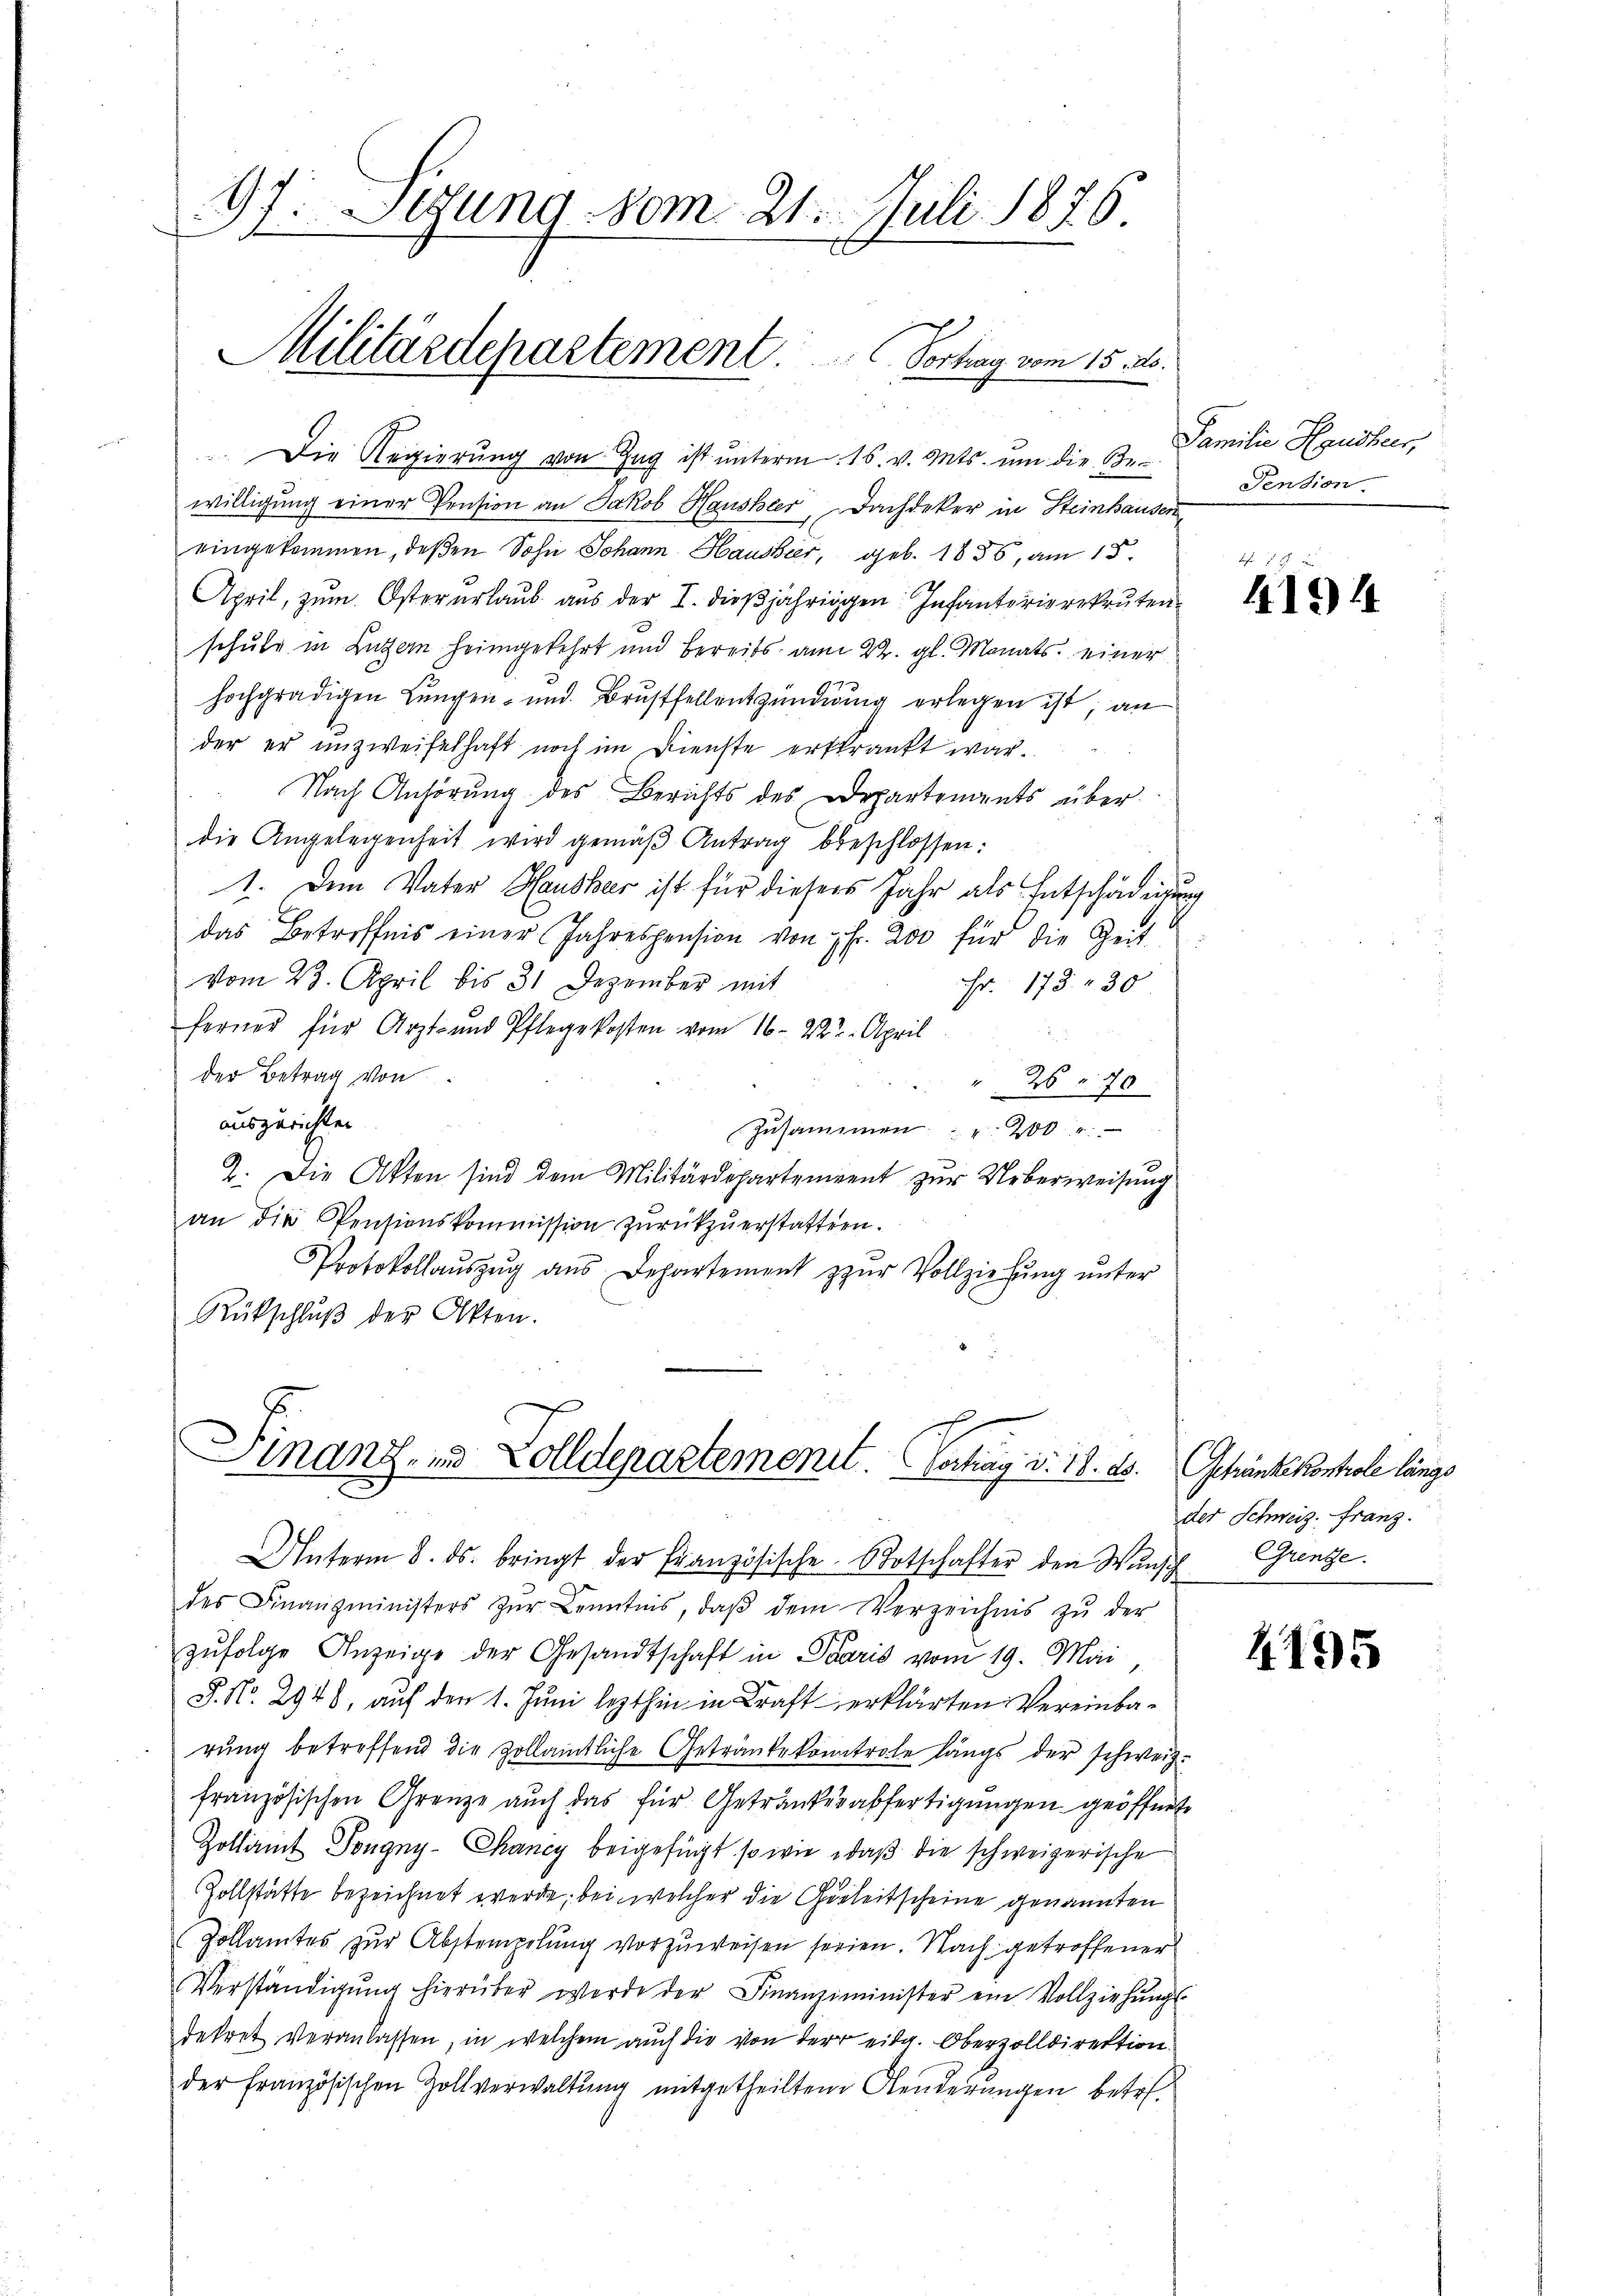
.
Slgung vom 21. Juli 1876.
Militärdepartement ..  ..  Vortrag vom 15. ds.

Die Regierŭng von Zug ist ŭnterm 16. v. Mts. um die Be-
willigung einer Pension an Jakob Hausheer, Dachdeker in Steinhausen
eingekommen, deßen Sohn Johann Hausheer, geb. 1886, am 18.
April, zum Oster erlaŭb aus der I. dieβjährigen Infanterierekruten
schule in Luzern heimgekehrt und bereits am 22. gl. Monats. einer
hochgradigen Lungen- und Brustfellentzündung erlegen ist, an
der er unzweifelhaft noch im Dienste erfrankt war.
Nach Anhörung des Berichts des Departements über
die Angelegenheit wird gemäβ Antrag beschlossen:
1. Dem Vater Hausher ist für diesers Jahr als Entschädigung
das Betreffnis einer Jahrespension von fr. 200 für die Zeit
vom 23. April bis 31 Dezember mit
Fr. 173. 30
ferner für Arzt- und Pflegekosten vom 16. 222. April
der Betrag von
" 2670
auszurichten
Zusammen " " 200
2. Die Akten sind dem Militärdepartement zur Ueberweisung
an die Pensionskommission zurückzuerstatten.
Protokollaŭszŭg aŭs Departement zŭr Vollziehŭng ŭnter
Rückschlŭβ der Akten.

inanz- und Zolldepartement. Gertrag d. 18. ds.
Unterm 8. ds. bringt der Französische Totschafter den Wunsch

des Finanzministers zŭr Kenntnis, daβ dem Verzeichnis zŭ der
zufolge Anzeige der Gesandtschaft in Paris vom 19. Mai
J. No. 2948, auf den 1. Juni lezthin in Kraft erklärten Vereinbarung betreffend die Zollamtliche Getränke kontrole längs der schweiz.
französischen Grenze auch das für Getränkesabfertigungen geöffnete
Zollamt Pongny-Chancy beigefügt, so wie daß die schweizerische
Zollstätte bezeichnet werde, bei welcher die Geleitscheine genannten
Zollamtes zur Abstempelung vorzuweisen seien. Nach getroffener
Verständigŭng hierüber werde der Finanzminister ein Vollziehŭngs-
dekret veranlassen, in welchem auch die von der eidg. Oberzolldirektion
der Französischen Zollverwaltung mitgetheilten Aenderungen betref¬

Familie Hausher,
Pension

f 5 x
4194

Getränkekontrole längs
der Schweiz. Franz.
Grenzze

4495